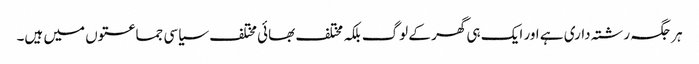
ہر جگہ رشتہ داری ہے اور ایک ہی گھر کے لوگ بلکہ مختلف بھائی مختلف سیاسی جماعتوں میں ہیں۔